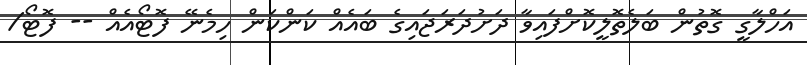
އަހްލާގީ ގޮތުން ބަލެތޮލީކޮށްފައިވާ ދަށުދަރަޖައިގެ ބައެއް ކަންކަން ހިމެނޭ ފޮޓޯއެއް -- ފޮޓޯ/